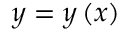
y = y \left( x \right)